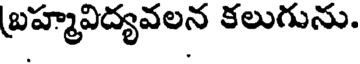
బ్రహ్మవిద్యవలన కలుగును.